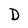
Character: D